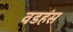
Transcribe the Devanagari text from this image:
वडहंस